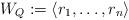
LaTeX: \begin{align*}W_Q:=\left<r_1,\dots,r_n\right>\end{align*}